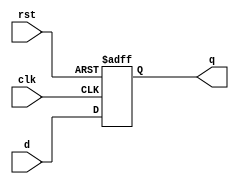
`timescale 1ns / 1ps
//////////////////////////////////////////////////////////////////////////////////
// Company: 
// Engineer: 
// 
// Design Name: 
// Module Name:    dff 
// Project Name: 
// Target Devices: 
// Tool versions: 
// Description: 
//
// Dependencies: 
//
// Revision: 
// Revision 0.01 - File Created
// Additional Comments: 
//
//////////////////////////////////////////////////////////////////////////////////
module dff(clk,rst,d,q);
		input clk,rst;
		input [8:0] d;
		output [8:0] q;
		reg [8:0] q;
		
		initial begin
			q<=0;
		end
		
		always @ (posedge clk or posedge rst) begin
			if(rst == 1'b1)
			begin
			q<= 1'b0;
			end
			else
			begin
			q<= d ;
			end
		end
endmodule